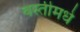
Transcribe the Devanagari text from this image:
वस्तीमधे